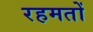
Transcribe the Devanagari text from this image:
रहमतों